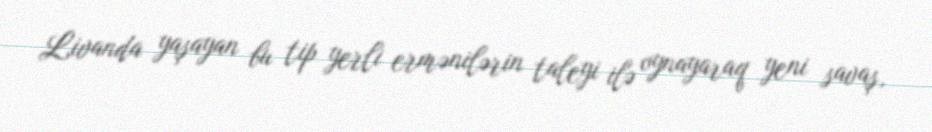
Livanda yaşayan bu tip yerli ermənilərin taleyi ilə oynayaraq yeni savaş,